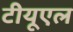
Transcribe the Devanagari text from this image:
टीयूएल